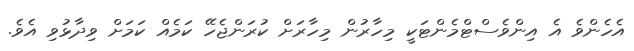
އެހެންވެ އެ އިންވެސްޓްމެންޓަކީ މިހާރުން މިހާރަށް ކުރަންޖެހޭ ކަމެއް ކަމަށް ވިދާޅުވި އެވެ.